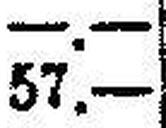
57.—